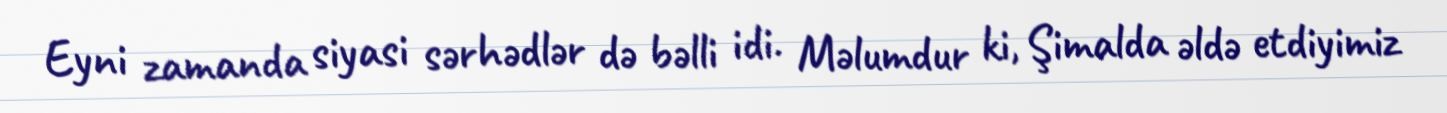
Eyni zamanda siyasi sərhədlər də bəlli idi. Məlumdur ki, Şimalda əldə etdiyimiz